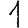
Digit: 1